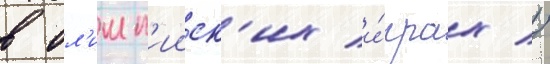
в ол'имп'ииск'их и́грах //